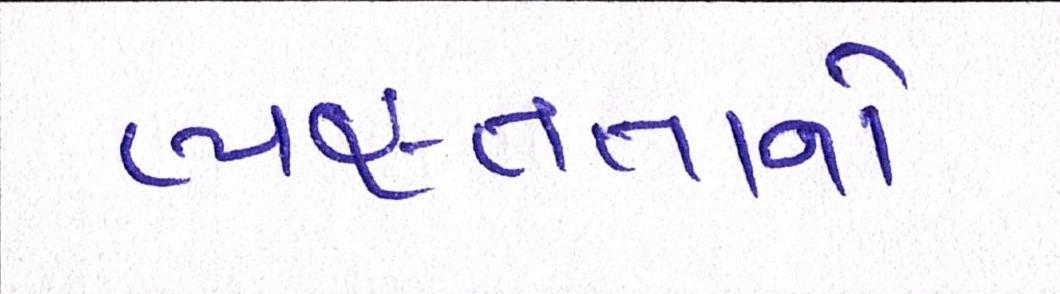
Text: વ્યસ્તતાનો